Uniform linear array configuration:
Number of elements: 48
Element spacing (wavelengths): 1
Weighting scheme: cosine
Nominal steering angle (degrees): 60
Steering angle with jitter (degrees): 61.072
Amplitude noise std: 0.05
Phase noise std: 0.05

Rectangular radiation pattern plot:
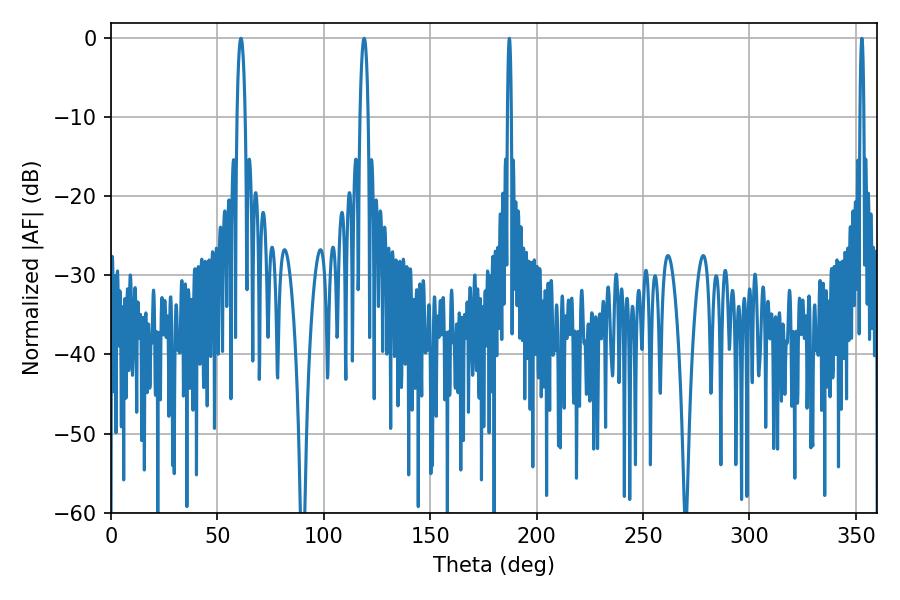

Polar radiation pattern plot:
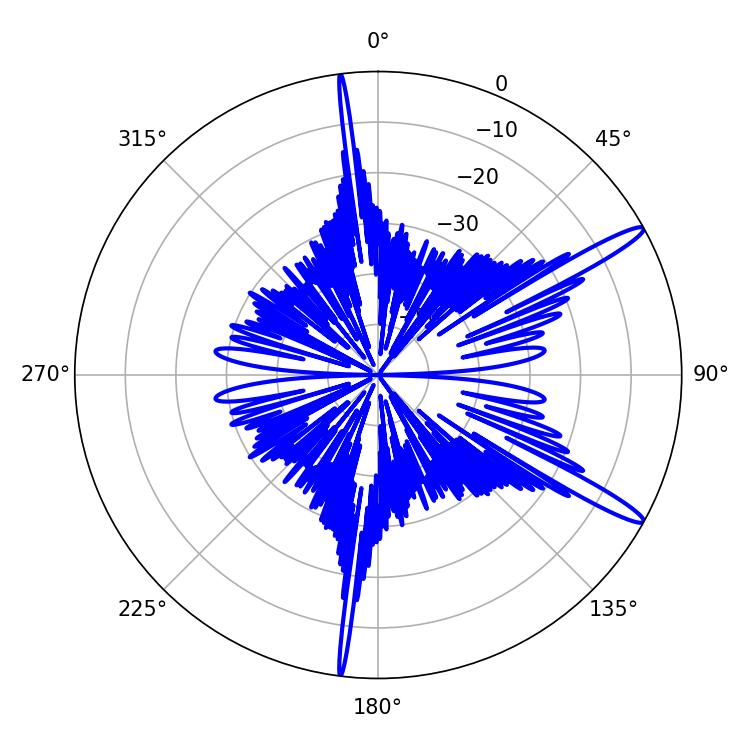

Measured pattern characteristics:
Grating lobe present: TRUE
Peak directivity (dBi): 14.548
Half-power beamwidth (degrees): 2.16
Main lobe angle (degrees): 61.02